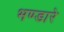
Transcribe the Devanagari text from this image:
भण्‍डारे